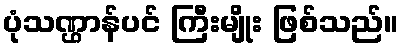
ပုံသဏ္ဌာန်ပင် ကြီးမျိုး ဖြစ်သည်။